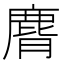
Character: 𪊒